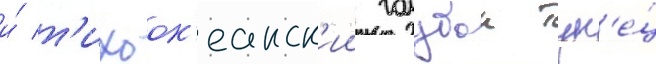
и́ т'ихоок'еанск'ии голубои тун'е́ц